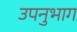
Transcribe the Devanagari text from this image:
उपनुभाग